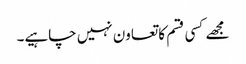
مجھے کسی قسم کا تعاون نہیں چاہیے۔